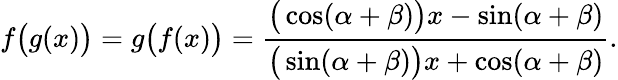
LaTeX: f{\big(}g(x){\big)}=g{\big(}f(x){\big)}={\frac{{\big(}\cos(\alpha+\beta){\big)}x-\sin(\alpha+\beta)}{{\big(}\sin(\alpha+\beta){\big)}x+\cos(\alpha+\beta)}}.